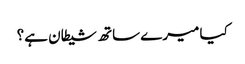
کیا میرے ساتھ شیطان ہے؟